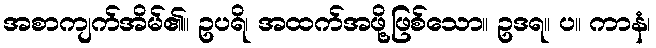
အစာကျက်အိမ်၏။ ဥပရိ၊ အထက်အဖို့ဖြစ်သော။ ဥဒရ။ ပ။ ကာနံ၊